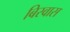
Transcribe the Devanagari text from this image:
बिस्‍वास